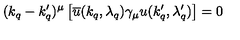
( k _ { q } - k _ { q } ^ { \prime } ) ^ { \mu } \left[ \overline { u } ( k _ { q } , \lambda _ { q } ) \gamma _ { \mu } u ( k _ { q } ^ { \prime } , \lambda _ { q } ^ { \prime } ) \right] = 0 \